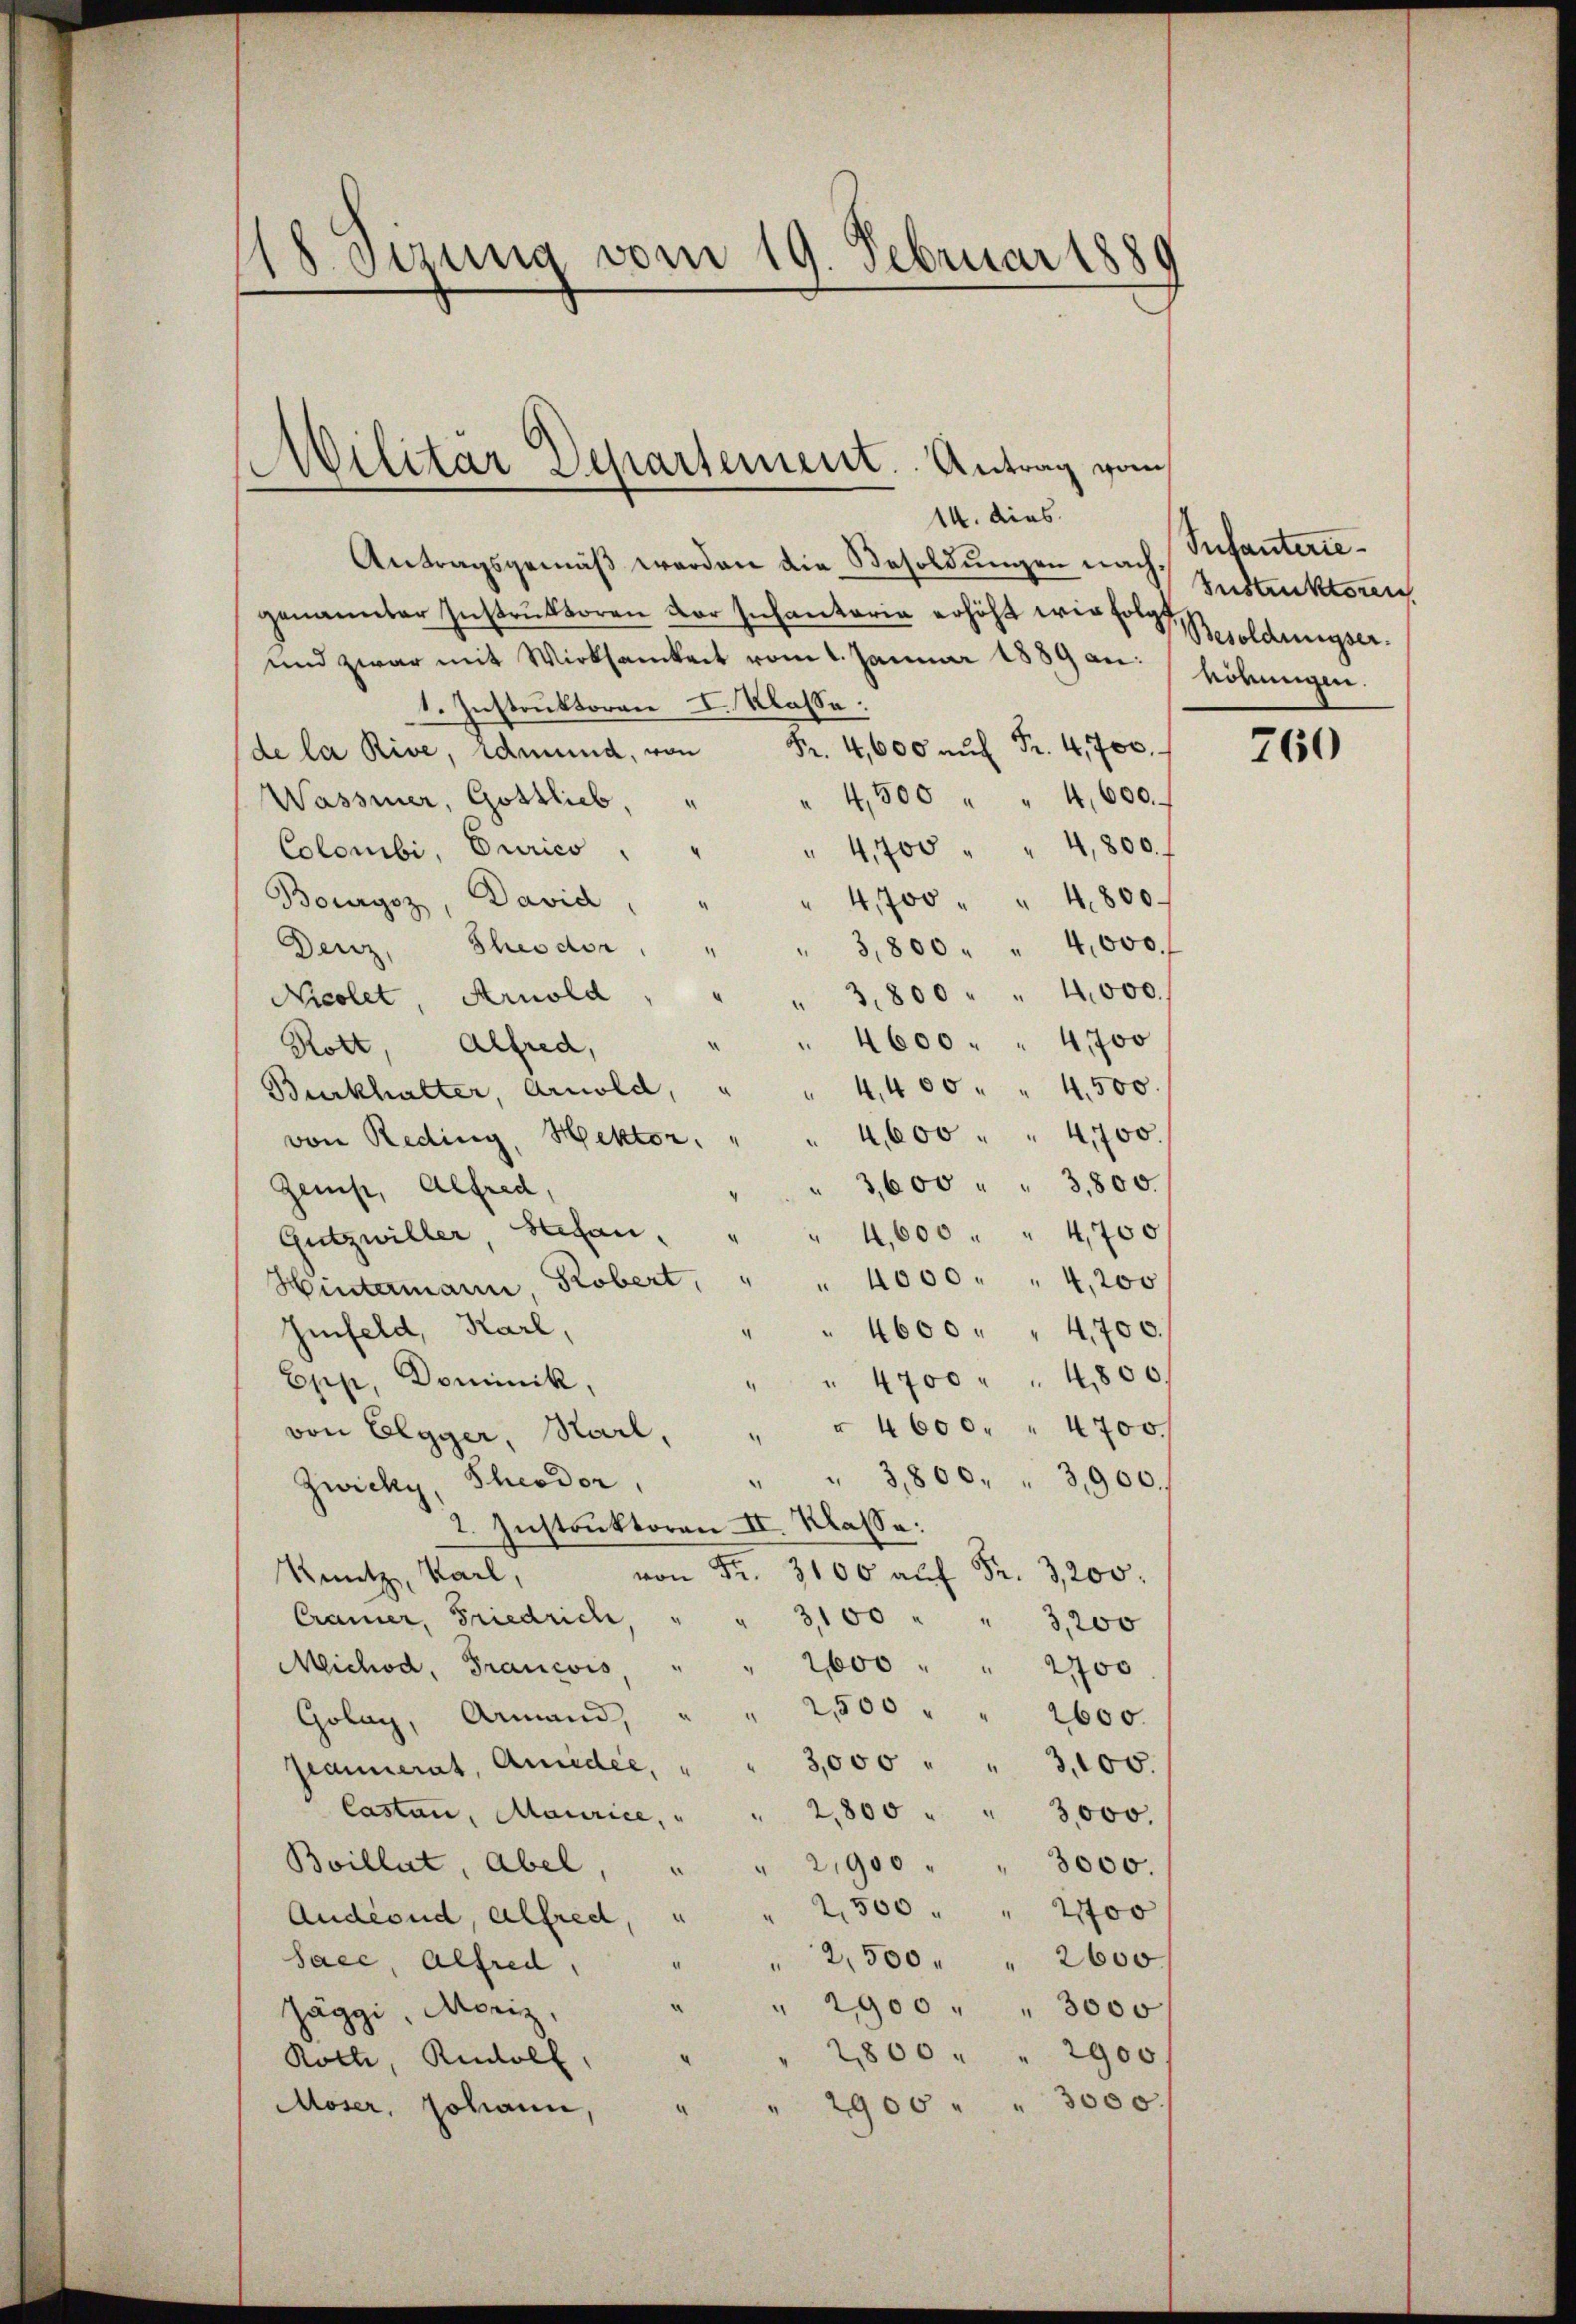
18 Sezung vom 19. Februar 1880

Militär Departement. Antrag vom

14. dies
Antragsgemäβ worden die Besoldŭngen nach Instruktoren
genannter Instrŭktoren vor Inchantarie erhöht wir folg. Besoldungser¬
und zwar mit Wirksamkeit vom 1. Januar 1889 an:
1. Instruktoren I. Klasse:
Fr. 4,600 aŭf Fr. 4,700.
de la Rive, edmund, von
" 4,500 " " 4,600.
Wasser, Gottlieb, "
" 4,700 " " 4,800. f
Colonibi, Curico,
Bourgoz, David
" 4,700 " " 4800.
“
Denz, Theodor
" 3,800 " " 4,000.
“
3,800 " " 4,000.
Nicolet, Arnold
4600 " " 4700
Rott, Alfred,
" 4,400 " " 4,500.
Burkhalter, Arnold,
4,600 " " 4700.
von Reding, Hektor. "
3,600 " " 3,800.
Zeist, Alfred,
Gutzwiller, Stefan
4,600 " " 4700
.
“
" 4000 . " 4,200
Hintermann, Robert,
Iinfeld, Karl,
" 4600 " " 4700.
" " 4700 " " 4800.
Epp, Dominik,
« 4600. " 4700.
von Elgger, Karl,
“
" 3,800. " 3,900.
Zwicky, Theodor,
2. Instruktoren II. Klasse:
.
von
3100 auf Fr. 3,200.
Knutz, Karl,
Cramer, Friedrich,
3,100 " " 3,200
" 2600 " " 2700
Michod, Francois
" 2500 " " 2600.
Golay, Armand,
3,000 " " 3,100.
Jeannerat, Anredee,
Castan, Maurice,
2,800 " " 3,000.
21900 " " 3000.
Boillet, abel,
2,500 " " 2700
Andernd, Alfred,
" 2,500 " " 2600
Sacc, Alfred,
¬
" 2900 " " 3000
Jäggi, Moriz,
2800
2900/
“
Rolle, Rudolf
2900 " " 3000.
“
Moser, Johann,

Infanteriehörungen.

760